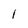
Character: l